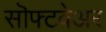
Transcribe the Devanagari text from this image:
सॊफ्टवेअर